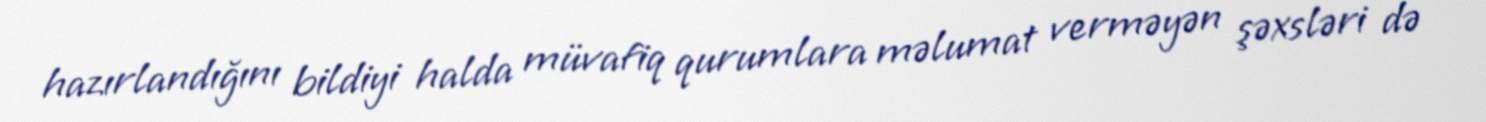
hazırlandığını bildiyi halda müvafiq qurumlara məlumat verməyən şəxsləri də